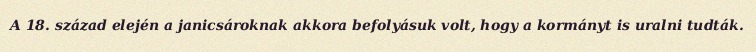
A 18. század elején a janicsároknak akkora befolyásuk volt, hogy a kormányt is uralni tudták.